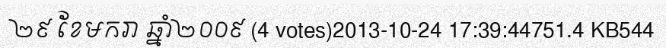
២៩ ខែមករា ឆ្នាំ២០០៩ (4 votes)2013-10-24 17:39:44751.4 KB544